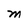
Character: M